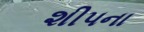
શીપના